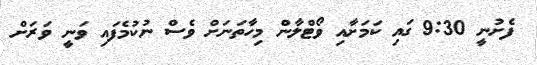
ފެށުނީ 9:30 ގައި ކަމަށާއި ވޯޓްލާން މިހާތަނަށް ވެސް ނުކުމެފައި ވަނީ ވަރަށް